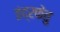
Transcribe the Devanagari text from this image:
इंद्रकेतु